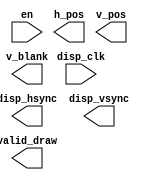
module video_position_sync
       (
           input disp_clk,
           input en,
           output reg disp_hsync, disp_vsync,
           output reg valid_draw, v_blank,
           output reg [ 9: 0 ] h_pos, v_pos
       );
// Module header template
// Replace with implemented version to test functionality

// Have two counters: one for vertical 'position' and one for horizontal 'position'
// Reset counters and pull all outputs low when disabled (en == 0)

// Two synchronization signals go out to the display as required
// valid_draw is when h_pos and v_pos are indicating drawn pixels on the screen
// h_pos and v_pos should count y pixel and x pixel position when on the screen
// their values do not matter in the undrawn regions
// v_blank is to be held low for the entirety of the undrawn horizontal lines


endmodule